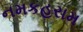
નમકહરામ